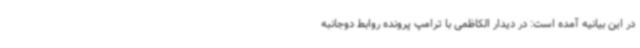
در این بیانیه آمده است: در دیدار الکاظمی با ترامپ پرونده روابط دوجانبه